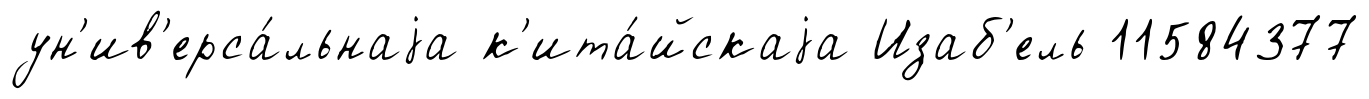
ун'ив'ерса́льнаjа к'ита́йскаjа Изаб'ель 11584377